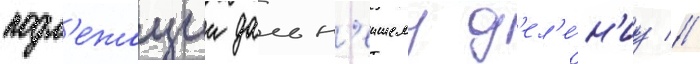
подл'ежащии дальн'еишему д'ел'е́н'иу //